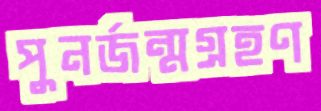
পুনর্জন্মগ্রহণ